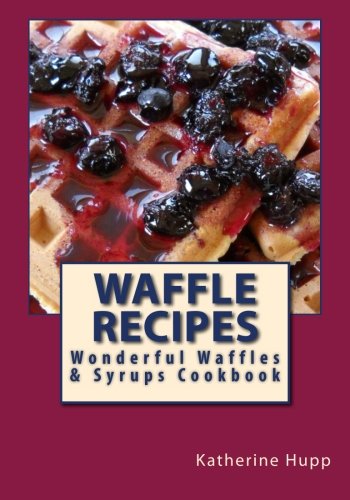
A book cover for Waffle Recipes: Wonderful Waffles and Syrups Cookbook; Katherine L Hupp; Cookbooks, Food & Wine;